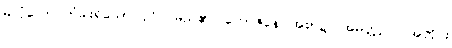
မလုံသော တံခါးရှိသော ပုဂ္ဂိုလ်မည်၏။ ဘောဇနေ၊ အစာ၌။ အမတ္တညူ၊ အတိုင်း